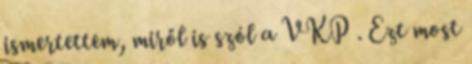
ismertettem, miről is szól a VKP . Ezt most